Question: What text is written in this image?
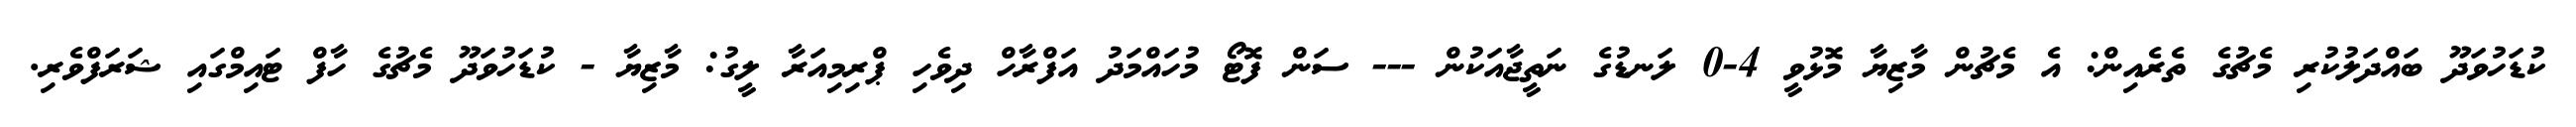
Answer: ކުޑަހުވަދޫ ބައްދަލުކުރި މެޗުގެ ތެރެއިން: އެ މެޗުން މާޒިޔާ މޮޅުވީ 4-0 ލަނޑުގެ ނަތީޖާއަކުން --- ސަން ފޮޓޯ މުހައްމަދު އަފްރާހް ދިވެހި ޕްރިމިއަރާ ލީގު: މާޒިޔާ - ކުޑަހުވަދޫ މެޗުގެ ހާފް ޓައިމްގައި ޝަރަފްވެރި.